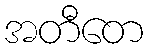
အတီတေ